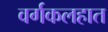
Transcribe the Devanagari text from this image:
वर्गकलहात